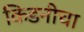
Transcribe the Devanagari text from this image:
किडनीचा